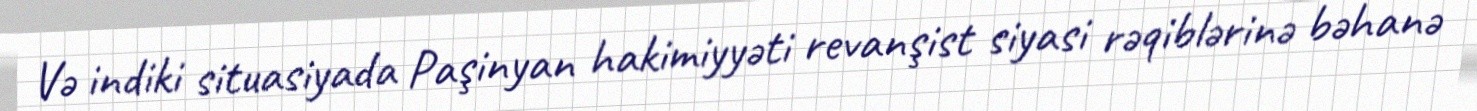
Və indiki situasiyada Paşinyan hakimiyyəti revanşist siyasi rəqiblərinə bəhanə